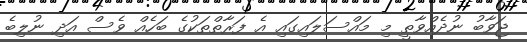
ޖަވާބު ނުދެއްވާތީ މި މައްސަލައިގައި އެ ފަރާތްތަކުގެ ބަހެއް ވެސް އަދި ނުލިބެ